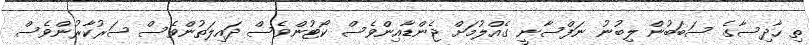
ތި ހާދިސާގެ ސަބަބުން ލިބުނު ނަފްސާނީ ގެއްލުމަށް ޖެންޑާއިންވެސް ކޯޓުންވެސް ދައިލަތުންވެސް ސަރުކާރުންވެސް